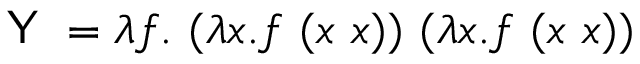
{ \textsf { Y } } = \lambda f . \ ( \lambda x . f \ ( x \ x ) ) \ ( \lambda x . f \ ( x \ x ) )